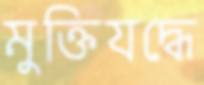
মুক্তিযদ্ধে